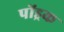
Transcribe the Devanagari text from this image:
पोंड्रक